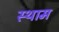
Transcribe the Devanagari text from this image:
स्थाम